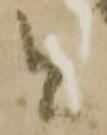
と